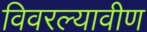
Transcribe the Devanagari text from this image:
विवरल्यावीण